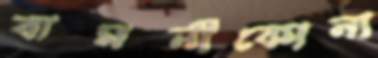
বামনীকোনা